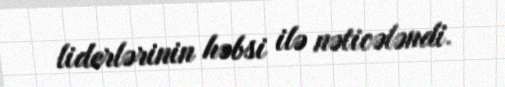
liderlərinin həbsi ilə nəticələndi.